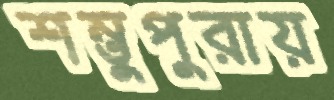
শম্ভুপুরায়